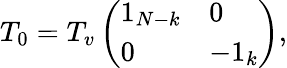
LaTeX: T_{0}=T_{v}\left(\begin{array}{ll}{{1_{N-k}}}&{{0}}\\ {{0}}&{{-1_{k}}}\end{array}\right),